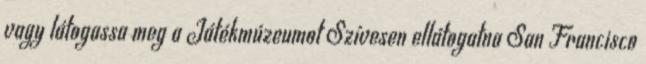
vagy látogassa meg a Játékmúzeumot Szívesen ellátogatna San Francisco